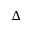
\Delta